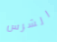
الشرس